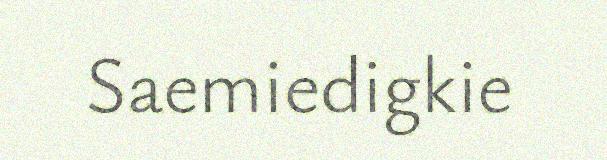
Saemiedigkie